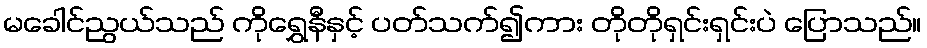
မခေါင်ညွယ်သည် ကိုရွှေနီနှင့် ပတ်သက်၍ကား တိုတိုရှင်းရှင်းပဲ ပြောသည်။